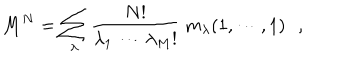
LaTeX: M ^ { N } = \sum _ { \lambda } { \frac { N ! } { \lambda _ { 1 } ~ \cdots \lambda _ { M } ! } } ~ m _ { \lambda } ( 1 , \cdots , 1 ) \, \, \, \, ,